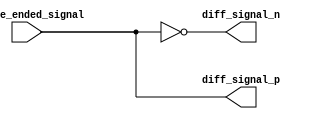
module differential_buffer (
    input single_ended_signal,
    output diff_signal_p,
    output diff_signal_n
);

assign diff_signal_p = single_ended_signal;
assign diff_signal_n = ~single_ended_signal;

endmodule